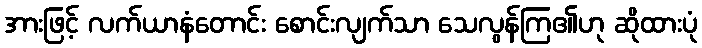
အားဖြင့် လက်ယာနံတောင်း စောင်းလျက်သာ သေလွန်ကြ၏ဟု ဆိုထားပုံ